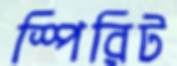
স্পিরিট